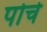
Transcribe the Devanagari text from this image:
पोचे